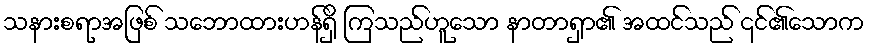
သနားစရာအဖြစ် သဘောထားဟန်ရှိ ကြသည်ဟူသော နာတာရှာ၏ အထင်သည် ၎င်၏သောက